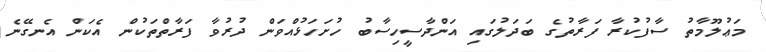
މަޢުލޫމާތު ސާފުކުރާ ފަރާތުގެ ބަދަލުގައި އަންދާސީހިސާބު ހުށަހަޅުއްވަން ދުރުވާ ފަރާތްތަކުން އެކަން އެނގޭނެ